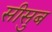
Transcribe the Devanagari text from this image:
सीसुब